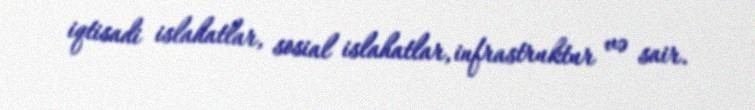
iqtisadi islahatlar, sosial islahatlar, infrastruktur və sair.